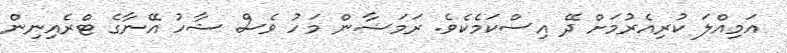
އަމިއްލަ ކުރިއެރުމަށް ދޭ އިސްކަމެކެވެ. ރަމަޟާން މަހު ވެސް ޝާހު އޭނާގެ ޓްރެއިނިން